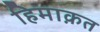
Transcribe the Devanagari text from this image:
हिमाक़त